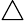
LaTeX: \bigtriangleup